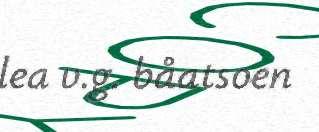
lea v.g. båatsoen